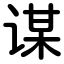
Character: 谋